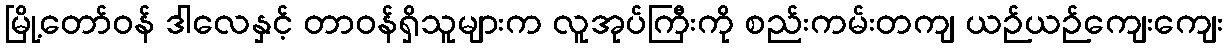
မြို့တော်ဝန် ဒါလေနှင့် တာဝန်ရှိသူများက လူအုပ်ကြီးကို စည်းကမ်းတကျ ယဉ်ယဉ်ကျေးကျေး